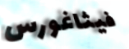
فيثاغورس